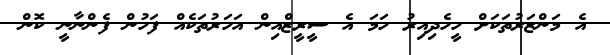
އެ މަންޒަރުތަކަށް ހީހެދިއިރު ހަމަ އެ ސީރީޒްއިން އަހަރުތަކެއް ފަހުން ފެންނާނީ ކޮން